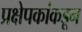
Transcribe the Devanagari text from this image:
प्रक्षेपकांकडून